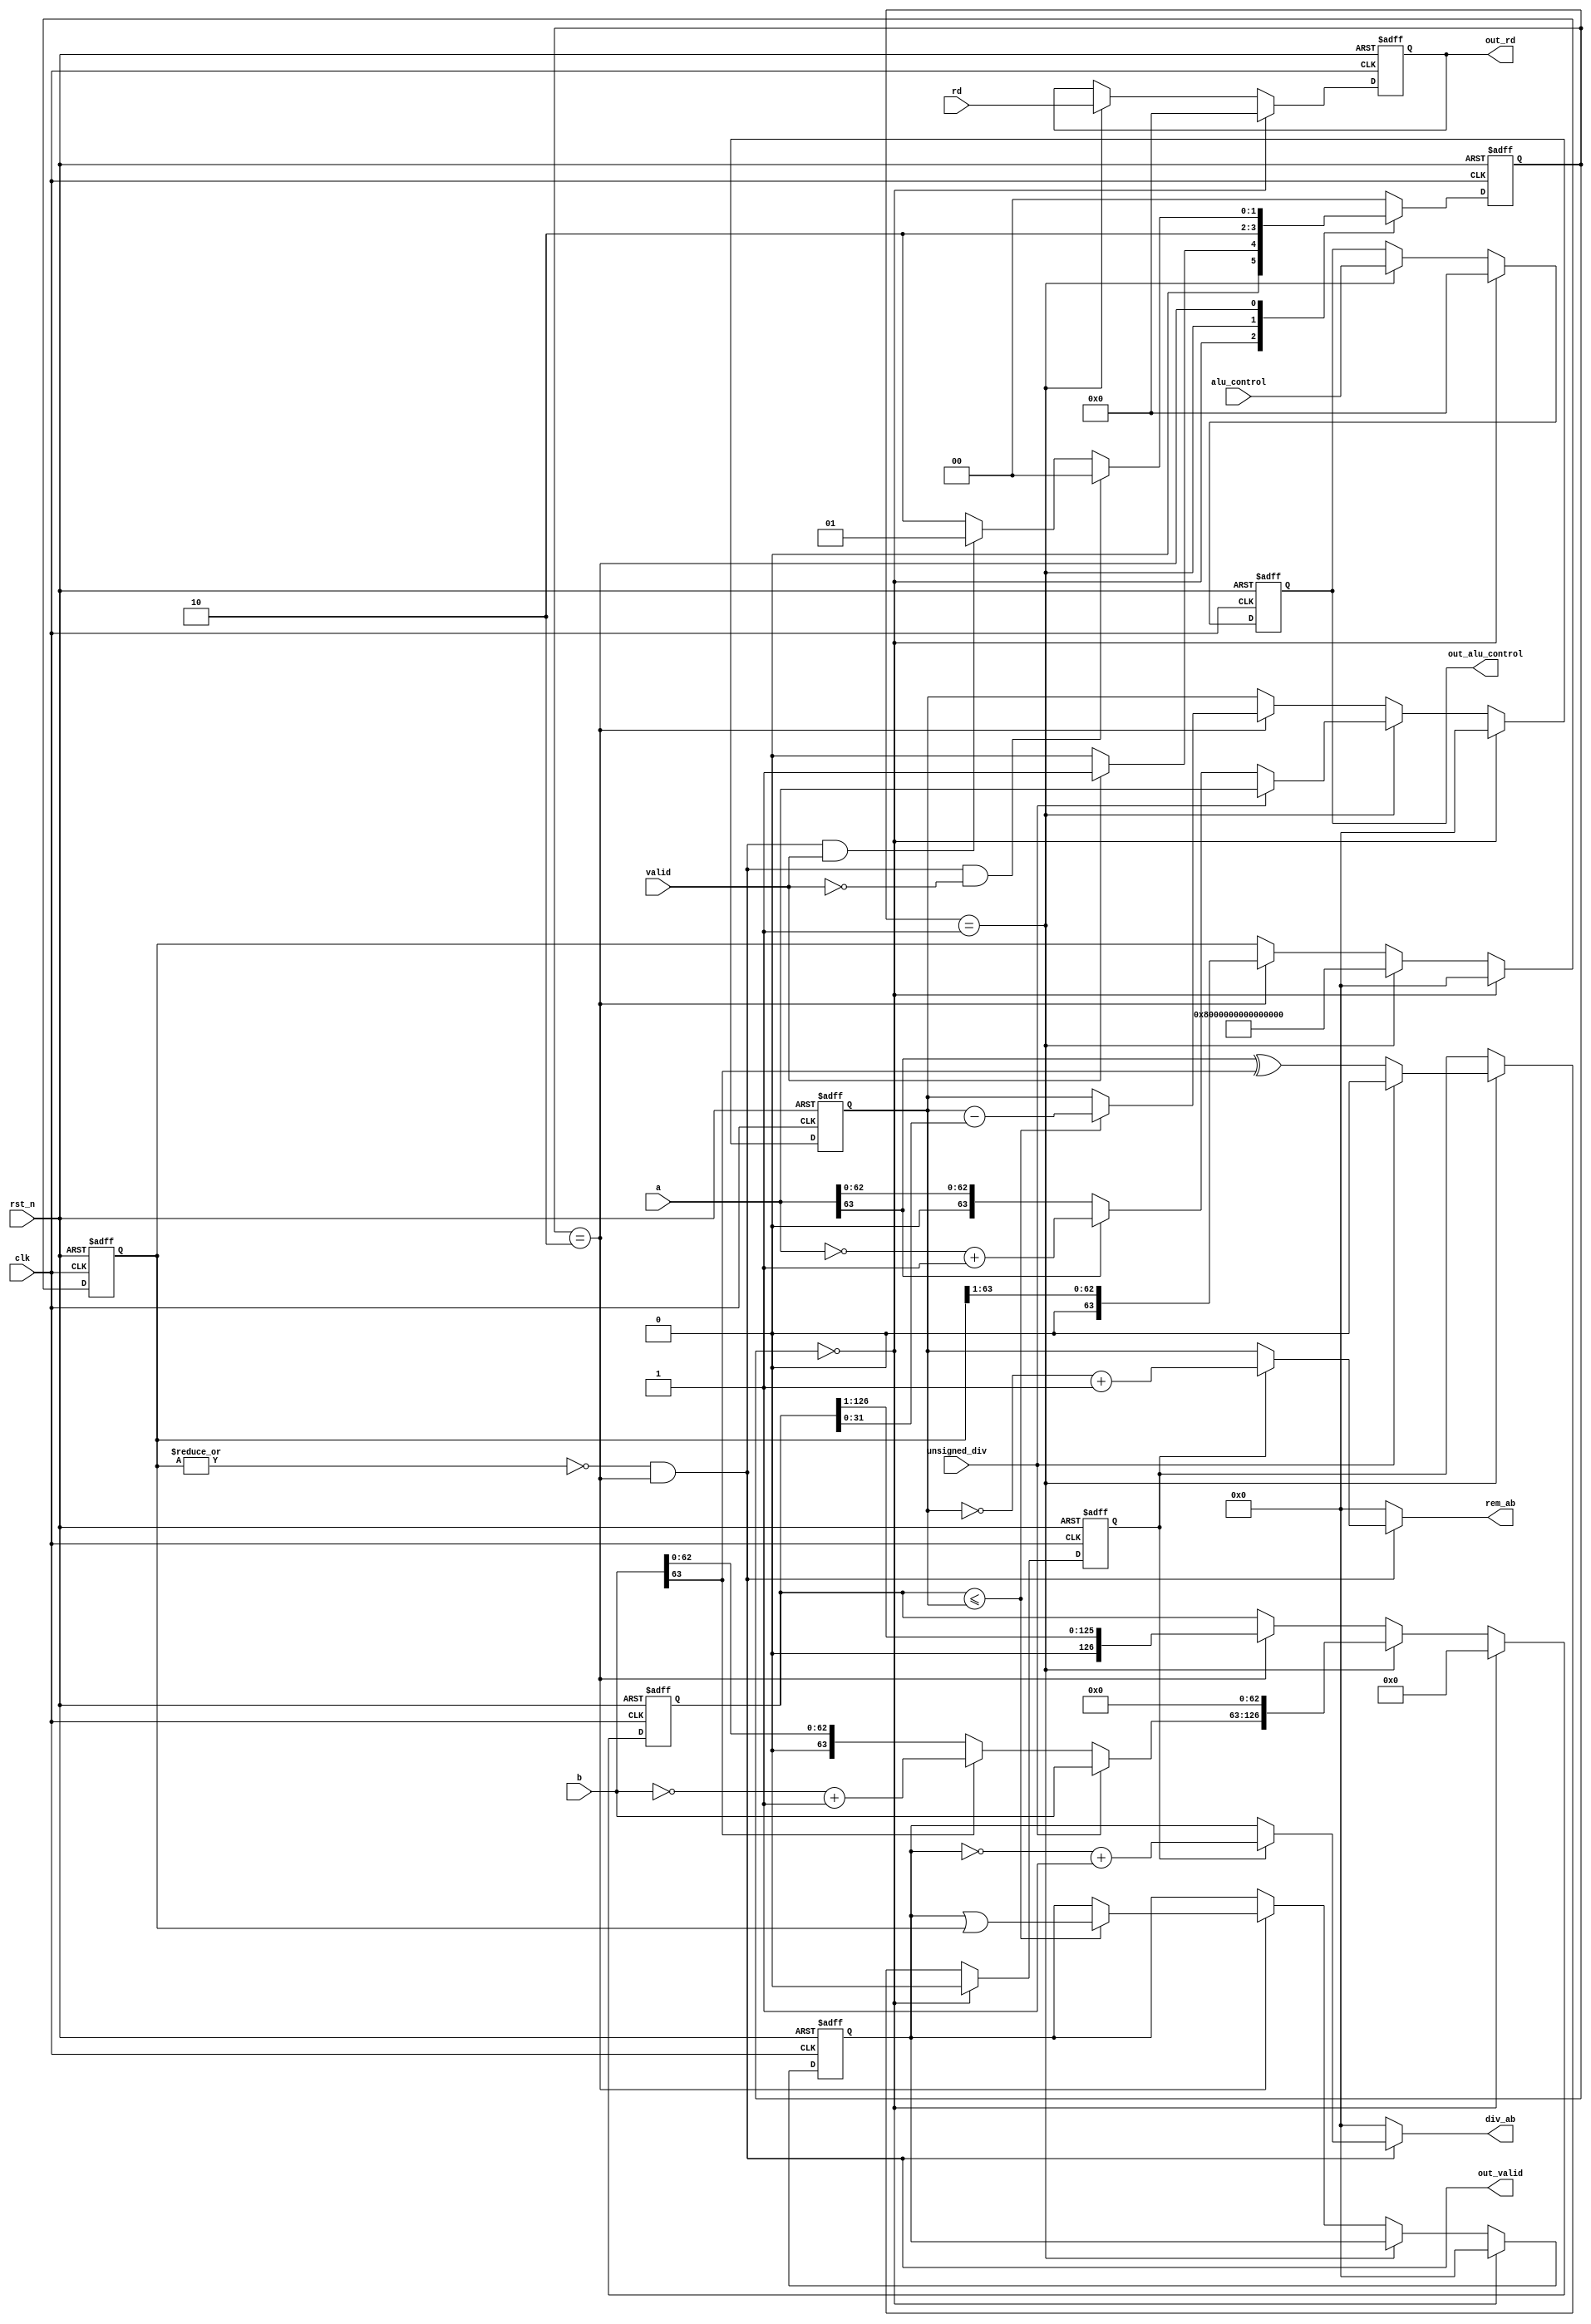
/*
MIT License

Copyright (c) 2024 Elsie Rezinold Y

Permission is hereby granted, free of charge, to any person obtaining a copy
of this software and associated documentation files (the "Software"), to deal
in the Software without restriction, including without limitation the rights
to use, copy, modify, merge, publish, distribute, sublicense, and/or sell
copies of the Software, and to permit persons to whom the Software is
furnished to do so, subject to the following conditions:

The above copyright notice and this permission notice shall be included in all
copies or substantial portions of the Software.

THE SOFTWARE IS PROVIDED "AS IS", WITHOUT WARRANTY OF ANY KIND, EXPRESS OR
IMPLIED, INCLUDING BUT NOT LIMITED TO THE WARRANTIES OF MERCHANTABILITY,
FITNESS FOR A PARTICULAR PURPOSE AND NONINFRINGEMENT. IN NO EVENT SHALL THE
AUTHORS OR COPYRIGHT HOLDERS BE LIABLE FOR ANY CLAIM, DAMAGES OR OTHER
LIABILITY, WHETHER IN AN ACTION OF CONTRACT, TORT OR OTHERWISE, ARISING FROM,
OUT OF OR IN CONNECTION WITH THE SOFTWARE OR THE USE OR OTHER DEALINGS IN THE
SOFTWARE.
*/
module divider_alu (
    clk,
    rst_n,
    valid,
    alu_control,
    rd,
    unsigned_div,
    a,
    b,
    out_valid,
    div_ab,
    rem_ab,
    out_rd,
    out_alu_control
);

input [63:0] a,b;
input clk,rst_n,valid;
input [4:0] rd;
input unsigned_div;
output [63:0] div_ab,rem_ab;
output out_valid;
output [4:0] out_rd;
input [4:0] alu_control;
output [4:0] out_alu_control;
parameter  IDLE  = 2'b00;
parameter  START = 2'b01;
parameter  BUSY  = 2'b10;
parameter  DONE  = 2'b11;

reg [1:0] cs,ns;
reg [63:0] dividend_reg;
reg [63:0] quotient_reg;
reg [63:0] quotient_mask;
reg [126:0] divisor_reg;
reg sign_c;
reg [4:0] r_rd;
reg [4:0] r_alu_control;
wire complete;
wire [63:0] valid_a = !(unsigned_div) ? a[63] ? ~a+1'b1 : a : a;
wire [63:0] valid_b = !(unsigned_div) ? b[63] ? ~b+1'b1 : b : b; 
assign complete = ~(| quotient_mask) &(cs==BUSY);
always@(*) begin
    ns = 2'd0;
    case(cs)
    IDLE: begin
        if (valid)
            ns = START;
        else
            ns = IDLE;
    end
    START: ns = BUSY;

    BUSY: begin
        if (complete&!valid)
            ns = IDLE;
        else if(complete&valid)
            ns = START;
        else
            ns = BUSY;
    end
    endcase
end

always@(posedge clk or negedge rst_n)
    if(!rst_n)
        cs <= 2'd0;
    else
        cs <= ns;


always@(posedge clk or negedge rst_n) begin
    if (~rst_n) begin
        dividend_reg  <= 64'd0;
        quotient_reg  <= 64'd0;
        quotient_mask <= 64'd0;
        divisor_reg   <= 127'd0;
        sign_c        <= 1'd0;
        r_rd          <= 5'd0;
        r_alu_control <= 5'd0;
    end
    else if(cs == IDLE) begin
        dividend_reg  <= 64'd0;
        quotient_reg  <= 64'd0;
        quotient_mask <= 64'd0;
        divisor_reg   <= 127'd0;
        sign_c        <= 1'd0;
        r_rd          <= 5'd0;
        r_alu_control <= 5'd0;
    end
    else if(cs == START) begin
        dividend_reg <= valid_a;
        divisor_reg  <= {valid_b,63'd0};
        quotient_mask<= 64'h8000_0000_0000_0000;
        sign_c       <= !unsigned_div ? a[63] ^ b[63] : 1'b0;
        r_rd         <= rd;
        r_alu_control<= alu_control;
    end
    else if(cs == BUSY) begin
        if (divisor_reg <= {63'b0, dividend_reg}) begin
            dividend_reg <= dividend_reg - divisor_reg[31:0];
            quotient_reg <= quotient_reg | quotient_mask;
        end
        divisor_reg <= {1'b0, divisor_reg[126:1]};
        quotient_mask  <= {1'b0, quotient_mask[63:1]};
    end
end


assign div_ab = complete ? sign_c ?  ~quotient_reg+1'b1 : quotient_reg : 64'd0;
assign rem_ab = complete ? sign_c ?  ~dividend_reg+1'b1 : dividend_reg : 64'd0;
assign out_valid =  complete;
assign out_rd = r_rd;
assign out_alu_control = r_alu_control;

endmodule